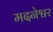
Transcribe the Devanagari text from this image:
मदनेश्वर